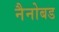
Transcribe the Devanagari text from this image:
नैनोबड